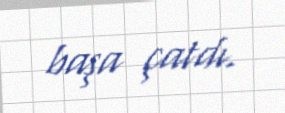
başa çatdı.